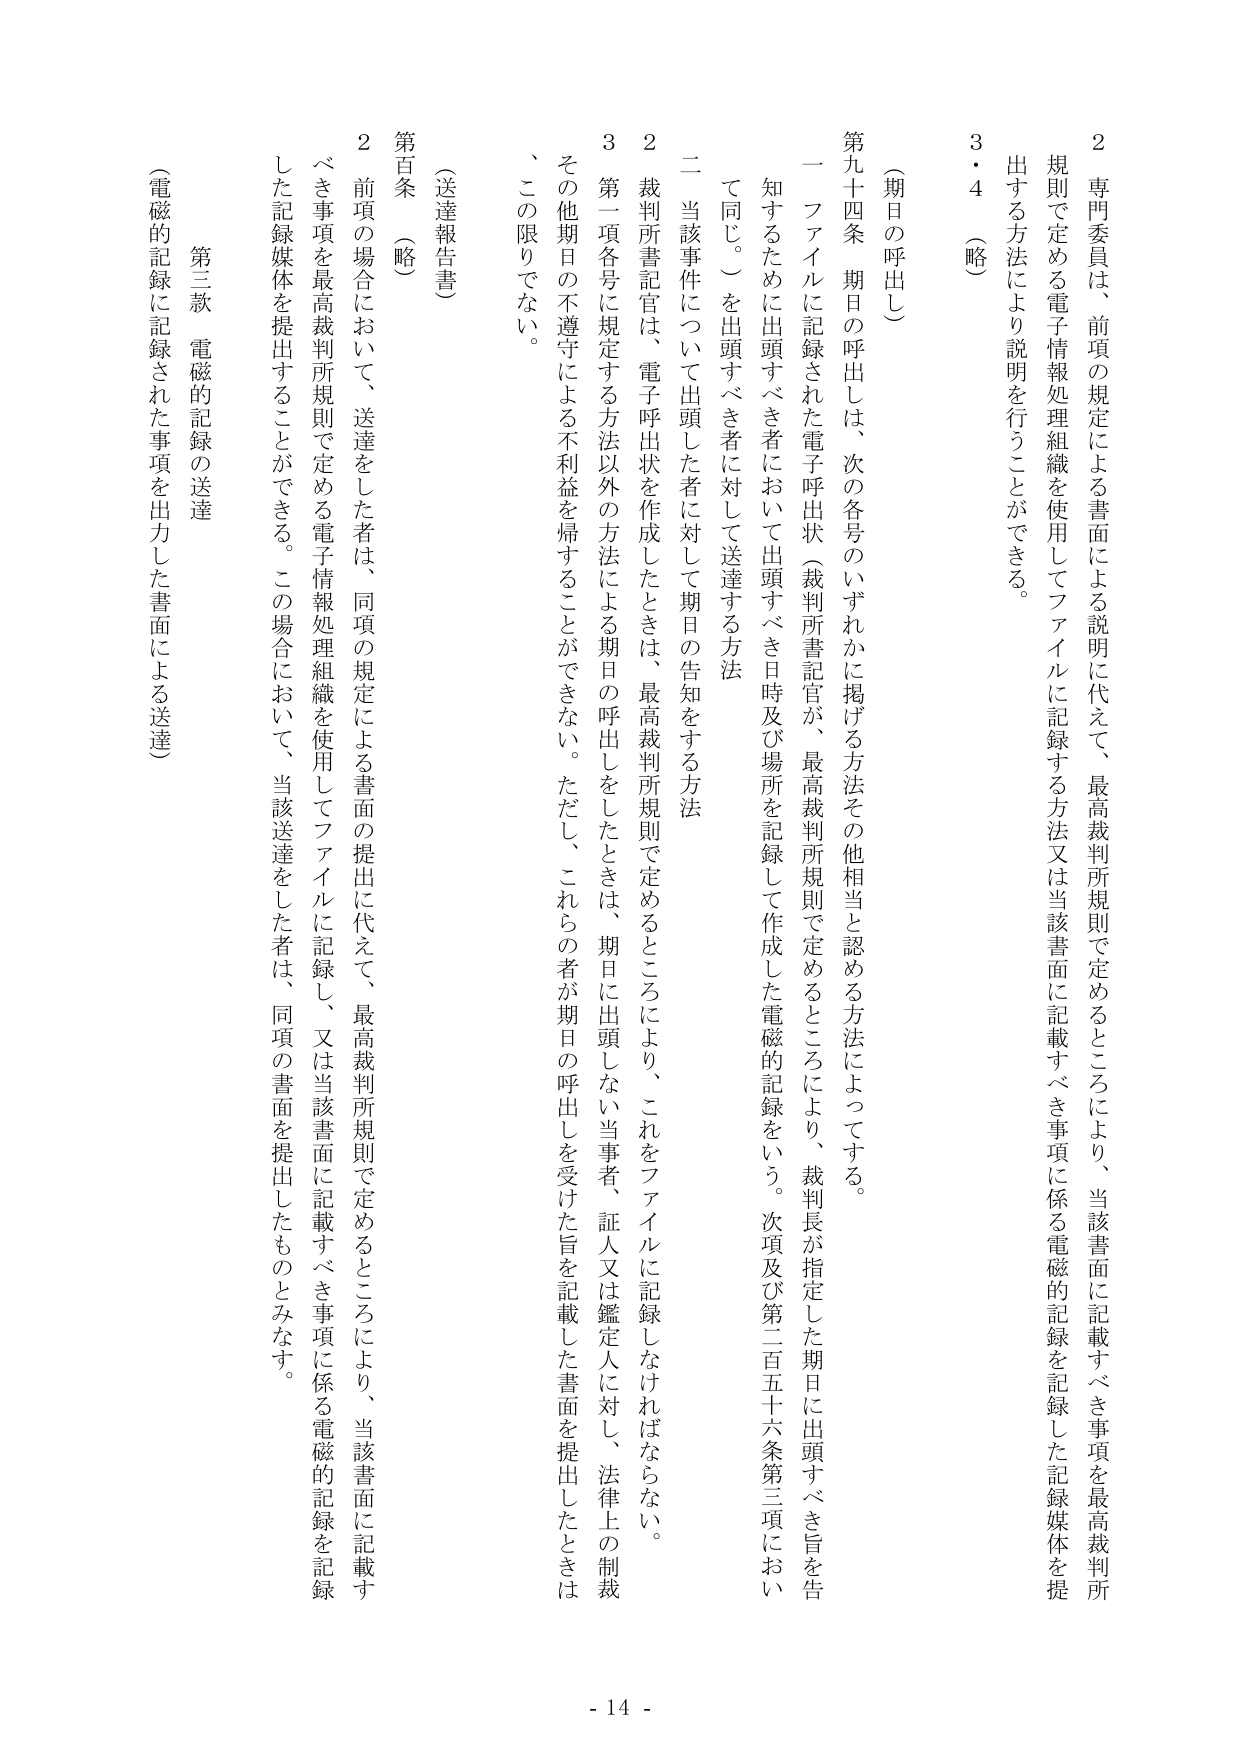
2 専門委員は、前項の規定による書面による説明に代えて、最高裁判所規則で定めるところにより、当該書面に記載すべき事項を最高裁判所規則で定める電子情報処理組織を使用してファイルに記録する方法又は当該書面に記載すべき事項に係る電磁的記録を記録した記録媒体を提出する方法により説明を行うことができる。

3・4 （略）

（期日の呼出し）

第九十四条 期日の呼出しは、次の各号のいずれかに掲げる方法その他相当と認める方法によってする。

一 ファイルに記録された電子呼出状（裁判所書記官が、最高裁判所規則で定めるところにより、裁判長が指定した期日に出頭すべき旨を告知するために出頭すべき者において出頭すべき日時及び場所を記録して作成した電磁的記録をいう。次項及び第二百五十六条第三項において同じ。）を出頭すべき者に対して送達する方法

二 当該事件について出頭した者に対して期日の告知をする方法

2 裁判所書記官は、電子呼出状を作成したときは、最高裁判所規則で定めるところにより、これをファイルに記録しなければならない。

3 第一項各号に規定する方法以外の方法による期日の呼出しをしたときは、期日に出頭しない当事者、証人又は鑑定人に対し、法律上の制裁、その他期日の不遵守による不利益を帰することができない。ただし、これらの者が期日の呼出しを受けた旨を記載した書面を提出したときは、この限りでない。

（送達報告書）

第百条 （略）

2 前項の場合において、送達をした者は、同項の規定による書面の提出に代えて、最高裁判所規則で定めるところにより、当該書面に記載すべき事項を最高裁判所規則で定める電子情報処理組織を使用してファイルに記録し、又は当該書面に記載すべき事項に係る電磁的記録を記録した記録媒体を提出することができる。この場合において、当該送達をした者は、同項の書面を提出したものとみなす。

第三款 電磁的記録の送達

（電磁的記録に記録された事項を出力した書面による送達）

- 14 -